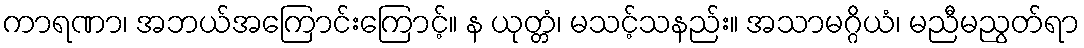
ကာရဏာ၊ အဘယ်အကြောင်းကြောင့်။ န ယုတ္တံ၊ မသင့်သနည်း။ အသာမဂ္ဂိယံ၊ မညီမညွတ်ရာ